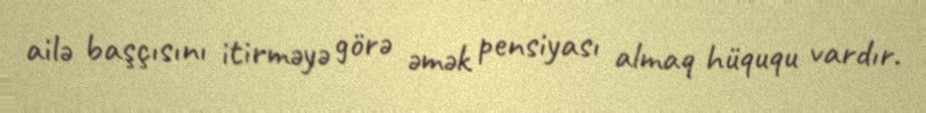
ailə başçısını itirməyə görə əmək pensiyası almaq hüququ vardır.